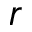
r